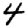
Digit: 4